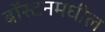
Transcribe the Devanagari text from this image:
बॉस्टनमधील